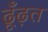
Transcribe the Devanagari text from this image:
ढूँढ़त